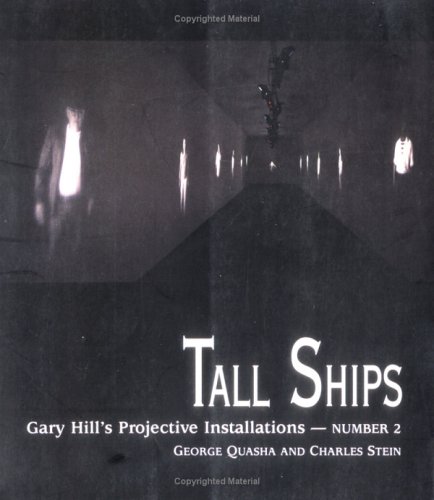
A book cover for TALL SHIPS: Gary Hill Projective Installation #2 (Gary Hill's Projective Installations); George Quasha; Arts & Photography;